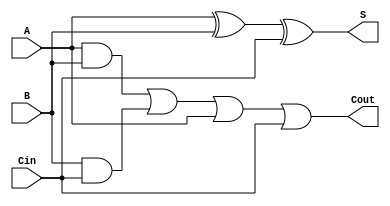
`timescale 1ns / 1ps
//////////////////////////////////////////////////////////////////////////////////
// Company: 
// Engineer: 
// 
// Design Name: 
// Module Name: serial_adder
// Project Name: 
// Target Devices: 
// Tool Versions: 
// Description: 
// 
// Dependencies: 
// 
// Revision:
// Revision 0.01 - File Created
// Additional Comments:
// 
//////////////////////////////////////////////////////////////////////////////////


module adder(A,B,Cin,S,Cout);     //ADDER MODULE
input A,B,Cin;
output S,Cout;
assign S=A^B^Cin;
assign Cout=A&B | B&Cin | A|Cin;
endmodule


module D_FF(A,out,clk,clr);    //D flip-flop for delay
input A,clk,clr;
output reg out;
always @(posedge clk)begin
if(clr)out<=0;
else out<=A;
end
endmodule


module counter(clk,clr,out);    //Mod-9 COUNTER MODULE
parameter N=9;
input clk,clr;
output reg[5:0] out;
always @(posedge clk)begin
if(clr)out<=6'b0;
else if(out==N)out<=0;
else out<=out+1;
end
endmodule


module mux2to1(A,B,out,sel);    //MULTIPLEXER MODULE
input A,B,sel;
output out;
assign out=sel?A:B;
endmodule


module Serial_adder(A,B,Cin,C_in,clk,clr,S);   //MAIN MODULE
input A,B,clr,clk,Cin;
output C_in,S;
wire Cout,sel,D1_out,C_in,D2_out;
wire[5:0] count;
assign sel=(count==0);
counter C(clk,clr,count);
mux2to1 M(Cin,D2_out,C_in,sel);   //c_in mux output D2_out mux in afer 2 delays
D_FF D1(Cout,D1_out,clk,clr);
D_FF D2(D1_out,D2_out,clk,clr);
adder Add(A,B,C_in,S,Cout);
endmodule